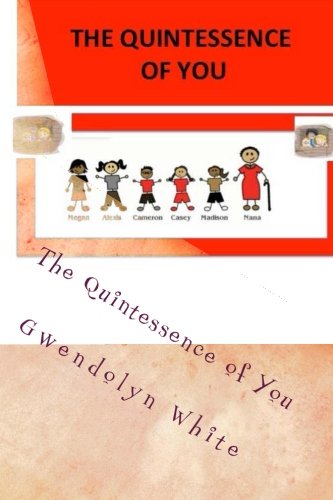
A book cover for The Quintessence of You: A Letter To My Grandchildren; Gwendolyn L. White; Parenting & Relationships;